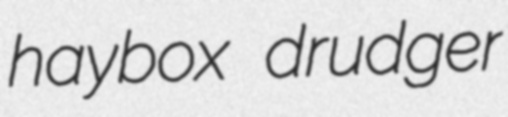
haybox drudger